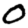
Digit: 0